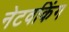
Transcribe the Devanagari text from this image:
नेटवकिंग